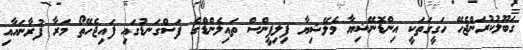
ގަބޫލުކުރަންޖެހޭ ހަގީގަތަކީ އިންޑޮނޭޝިޔާ މެލޭޝިޔާ ފިލިޕީންސް ތައިލެންޑްގެ ފަސްގަނޑުގައި ފައިޖެހޭތޯ މަރާ ފުރާނައާއި